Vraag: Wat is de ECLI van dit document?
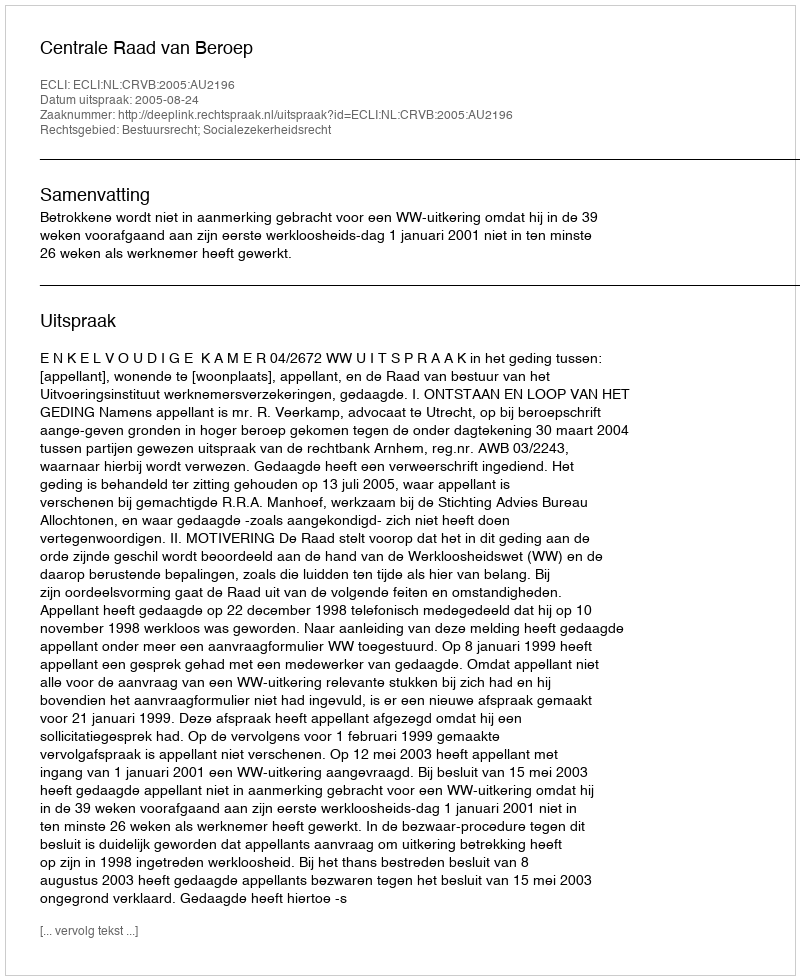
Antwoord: ECLI:NL:CRVB:2005:AU2196